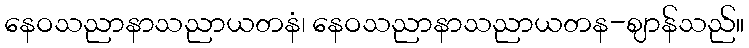
နေဝသညာနာသညာယတနံ၊ နေဝသညာနာသညာယတန-ဈာန်သည်။